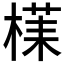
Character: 𱤀